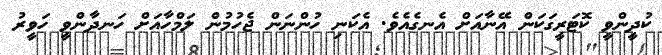
ކުދީންވީ ކޮޓަރީގަކަން އޭނާއަށް އެނގެއެވެ. އެކަނި ހުންނަން ޖެހުމުން ލަމްހާއަށް ހަނދާންވީ ހަވީރު